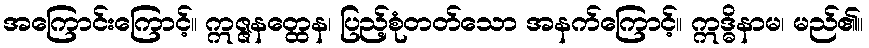
အကြောင်းကြောင့်။ ဣဇ္ဇနတ္ထေန၊ ပြည့်စုံတတ်သော အနက်ကြောင့်။ ဣဒ္ဓိနာမ၊ မည်၏။